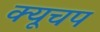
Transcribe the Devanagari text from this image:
क्यूचप